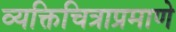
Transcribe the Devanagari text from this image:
व्यक्तिचित्राप्रमाणे